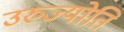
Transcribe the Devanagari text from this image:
उरुज्योति